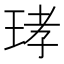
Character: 𤥝